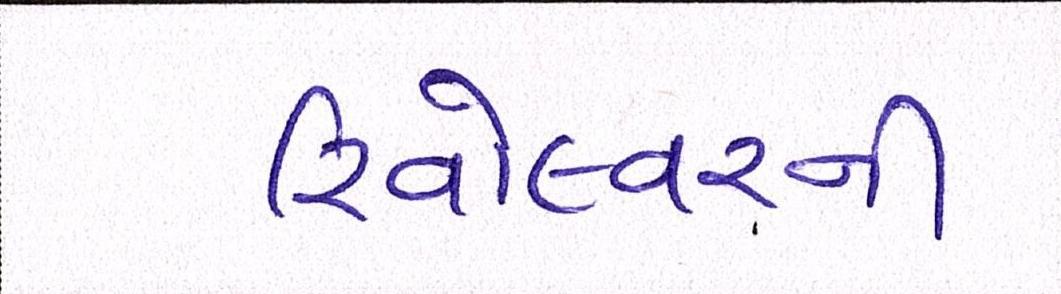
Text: રિવોલ્વરની